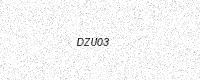
Text: DZU03